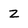
Character: z